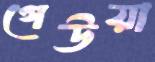
গেউয়া